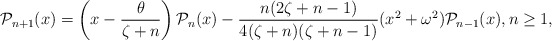
\begin{align*}\mathcal{P}_{n+1}(x)= \left(x-\dfrac{\theta}{\zeta+n}\right)\mathcal{P}_n(x)-\dfrac{n(2\zeta+n-1)}{4(\zeta+n)(\zeta+n-1)} (x^2+\omega^2)\mathcal{P}_{n-1}(x), n \geq 1,\end{align*}